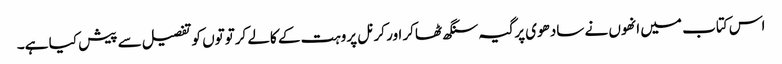
اس کتاب میں انھوں نے سادھوی پرگیہ سنگھ ٹھاکر اور کرنل پروہت کے کالے کرتوتوں کو تفصیل سے پیش کیا ہے۔